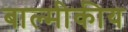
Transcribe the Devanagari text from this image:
बाल्मीकीय